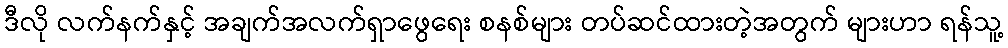
ဒီလို လက်နက်နှင့် အချက်အလက်ရှာဖွေရေး စနစ်များ တပ်ဆင်ထားတဲ့အတွက် များဟာ ရန်သူ့